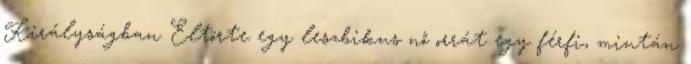
Királyságban Eltörte egy leszbikus nő orrát egy férfi, miután